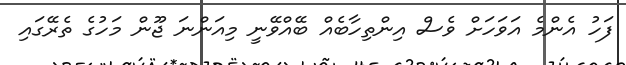
ފަހު އެންމެ އަވަހަށް ވެސް އިންތިހާބެއް ބޭއްވޭނީ މިއަންނަ ޖޫން މަހުގެ ތެރޭގައި